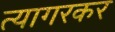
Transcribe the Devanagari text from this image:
त्यागरकर